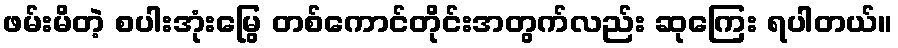
ဖမ်းမိတဲ့ စပါးအုံးမြွေ တစ်ကောင်တိုင်းအတွက်လည်း ဆုကြေး ရပါတယ်။